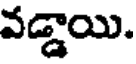
వడ్డాయి.